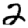
Digit: 2